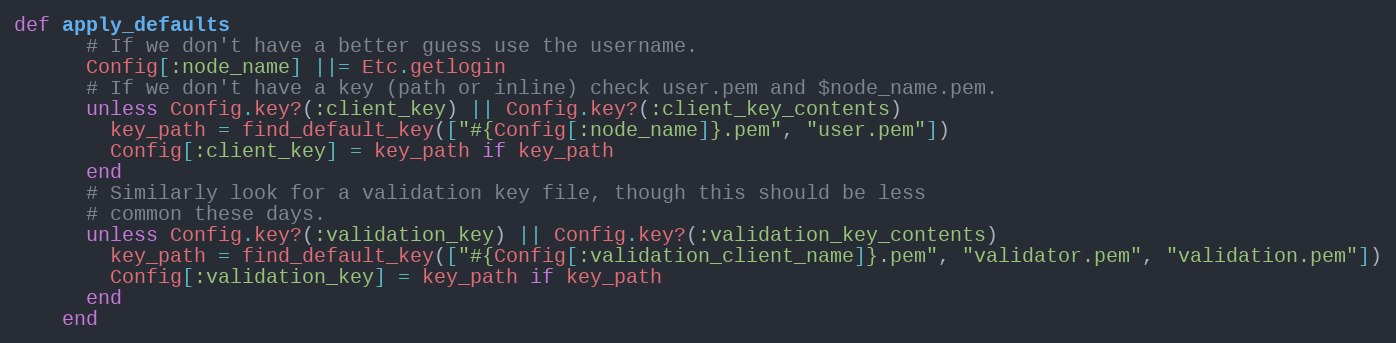
Language: Ruby
def apply_defaults
      # If we don't have a better guess use the username.
      Config[:node_name] ||= Etc.getlogin
      # If we don't have a key (path or inline) check user.pem and $node_name.pem.
      unless Config.key?(:client_key) || Config.key?(:client_key_contents)
        key_path = find_default_key(["#{Config[:node_name]}.pem", "user.pem"])
        Config[:client_key] = key_path if key_path
      end
      # Similarly look for a validation key file, though this should be less
      # common these days.
      unless Config.key?(:validation_key) || Config.key?(:validation_key_contents)
        key_path = find_default_key(["#{Config[:validation_client_name]}.pem", "validator.pem", "validation.pem"])
        Config[:validation_key] = key_path if key_path
      end
    end